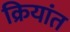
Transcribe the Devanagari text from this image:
क्रियांत